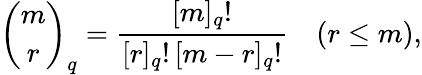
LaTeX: {\binom{m}{r}}_{q}={\frac{[m]_{q}!}{[r]_{q}!\, [m-r]_{q}!}}\quad(r\leq m),